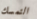
التمسك